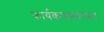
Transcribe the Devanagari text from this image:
कार्यकारणपरंपरा